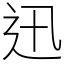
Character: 迅